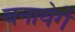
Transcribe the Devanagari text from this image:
बनायेगें